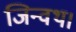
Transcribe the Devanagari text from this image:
जिन्वथ।